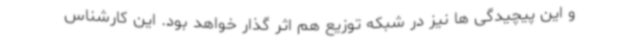
و این پیچیدگی ها نیز در شبکه توزیع هم اثر گذار خواهد بود. این کارشناس